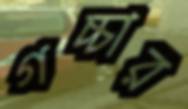
গচ্চার